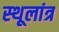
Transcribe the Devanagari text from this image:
स्‍थूलांत्र